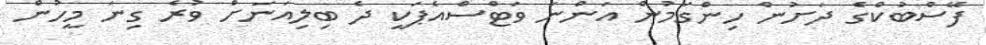
ފޭސްބުކްގެ ދަށުން ހިންގަމުން އަންނަ ވަޓްސްއެޕަކީ ދެ ބިލިއަނަށް ވުރެ ގިނަ މީހުން